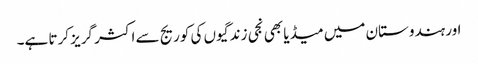
اور ہندوستان میں میڈیا بھی نجی زندگیوں کی کوریج سے اکثر گریز کرتا ہے۔